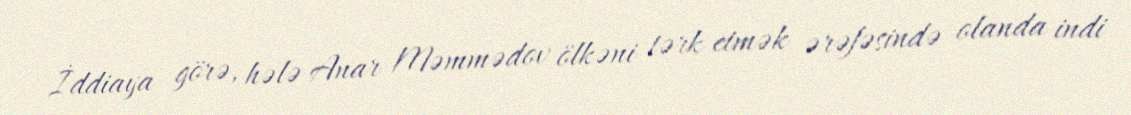
İddiaya görə, hələ Anar Məmmədov ölkəni tərk etmək ərəfəsində olanda indi